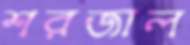
শরজাল